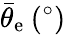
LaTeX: \bar{\theta}_{\mathrm{e}}\: (^{\circ})